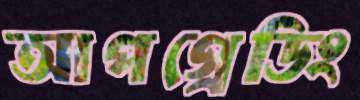
আপগ্রেডিং